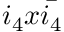
i _ { 4 } x \Bar { i _ { 4 } }